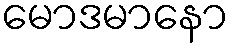
မောဒမာနော